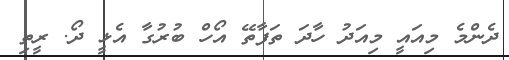
ދެންމެ މިއައީ މިއަދު ހާދަ ތަފާތޭ އޯހް ބުރުގާ އެޅީ ދޯ. ރީތި